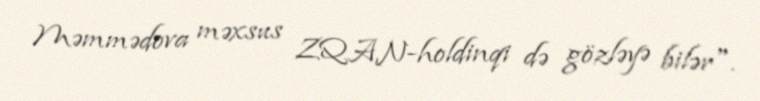
Məmmədova məxsus ZQAN-holdinqi də gözləyə bilər".